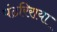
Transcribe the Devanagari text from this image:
पंढरिराया